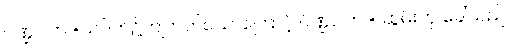
ပိဏ္ဍပါတ =သပိတ်၌ကျတတ်သောကြောင့် ပိဏ္ဍပါတ = ဆွမ်းဟု ခေါ်သည်။